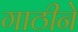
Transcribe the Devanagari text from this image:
गाठीने